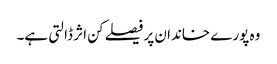
وہ پورے خاندان پر فیصلے کن اثر ڈالتی ہے۔